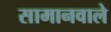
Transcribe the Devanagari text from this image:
सामानवाले